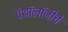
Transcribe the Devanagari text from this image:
पॅथॉलॉजीचे